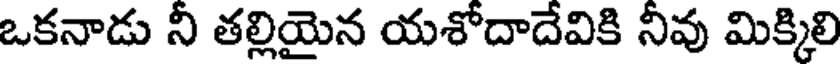
ఒకనాడు నీ తల్లియైన యశోదాదేవికి నీవు మిక్కిలి